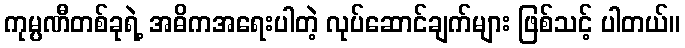
ကုမ္ပဏီတစ်ခုရဲ့ အဓိကအရေးပါတဲ့ လုပ်ဆောင်ချက်များ ဖြစ်သင့် ပါတယ်။